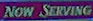
NOW SERVING